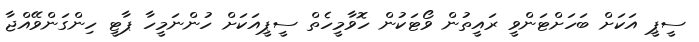
ސީޕީ އަކަށް ބަހަށްޓަންވީ ރައީތުން ވޯޓަކުން ހޮވާމީހެތް ސީޕީއަކަށް ހުންނަމީހާ ޕާޓީ ހިންގަންވޭއްޖާ